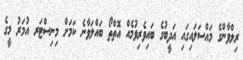
ރިލްވާންގެ މައްސަލައިގައި އަދީބުގެ ބައިވެރިވުމެއް އޮތްތޯ ބައްލަވާނެ ކަމަށް މިނިސްޓަރ އުމަރު މީގެ